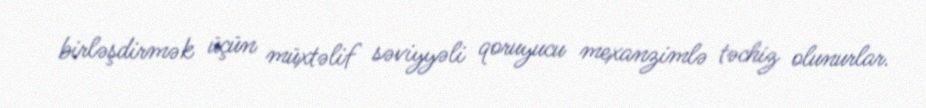
birləşdirmək üçün müxtəlif səviyyəli qoruyucu mexanzimlə təchiz olunurlar.